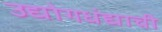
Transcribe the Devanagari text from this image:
उद्योगधंद्याची